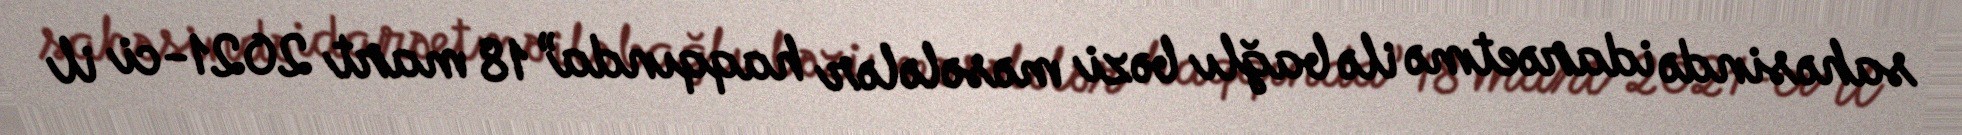
sahəsində idarəetmə ilə bağlı bəzi məsələlər haqqında” 18 mart 2021-ci il